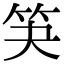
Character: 𮅃